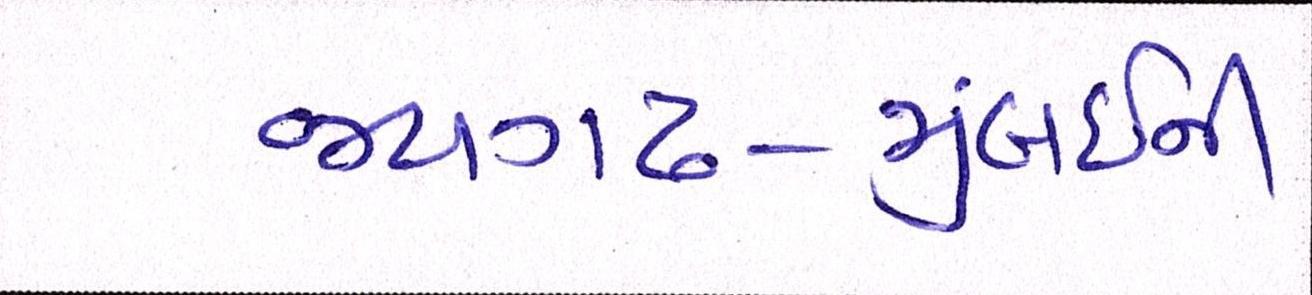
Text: જયગઢ-મુંબઈની